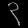
Digit: ၃